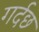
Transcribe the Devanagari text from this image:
गर्दछ